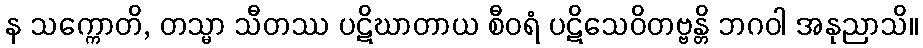
န သက္ကောတိ, တသ္မာ သီတဿ ပဋိဃာတာယ စီဝရံ ပဋိသေဝိတဗ္ဗန္တိ ဘဂဝါ အနုညာသိ။